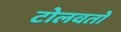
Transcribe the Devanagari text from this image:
टोलवतो